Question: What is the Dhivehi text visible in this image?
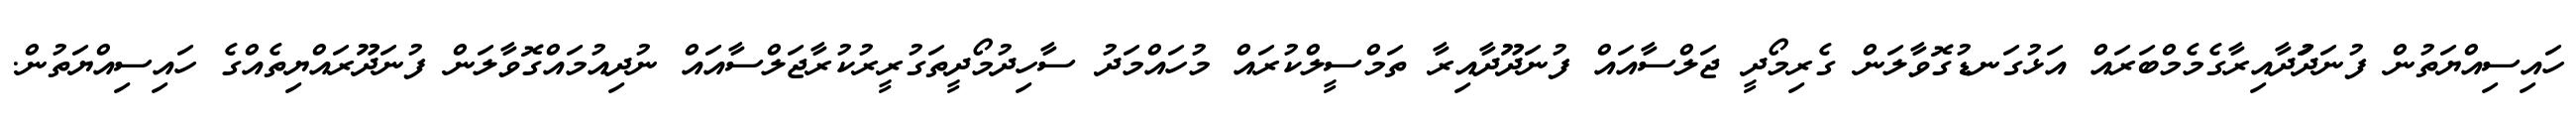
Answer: ހައިސިއްޔަތުން ފުނަދަުދާއިރާގެމެމްބަރައް އަޅުގަނޑުގޮވާލަން ގެރިމޯދީ ޖަލްސާއައް ފުނަދޫދާއިރާ ތަމްސީލްކުރައް މުހައްމަދު ސާހިދުމޯދީތަގުރީރުކުރާޖަލްސާއައް ނުދިއުމައްގޮވާލަން ފުނަދޫރައްޔިތެއްގެ ހައިސިއްޔަތުން.